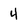
Character: 4